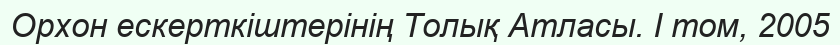
Орхон ескерткіштерінің Толық Атласы. І том, 2005